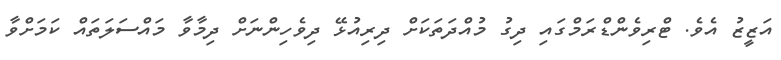
އަޒީޒު އެވެ. ޓްރިވެންޑްރަމްގައި ދިގު މުއްދަތަކަށް ދިރިއުޅޭ ދިވެހިންނަށް ދިމާވާ މައްސަލަތައް ކަމަށްވާ